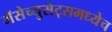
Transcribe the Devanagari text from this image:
मॅसेच्युसेट्समध्येच